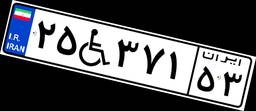
۲۵W۳۷۱۵۳